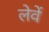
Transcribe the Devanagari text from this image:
लेवें